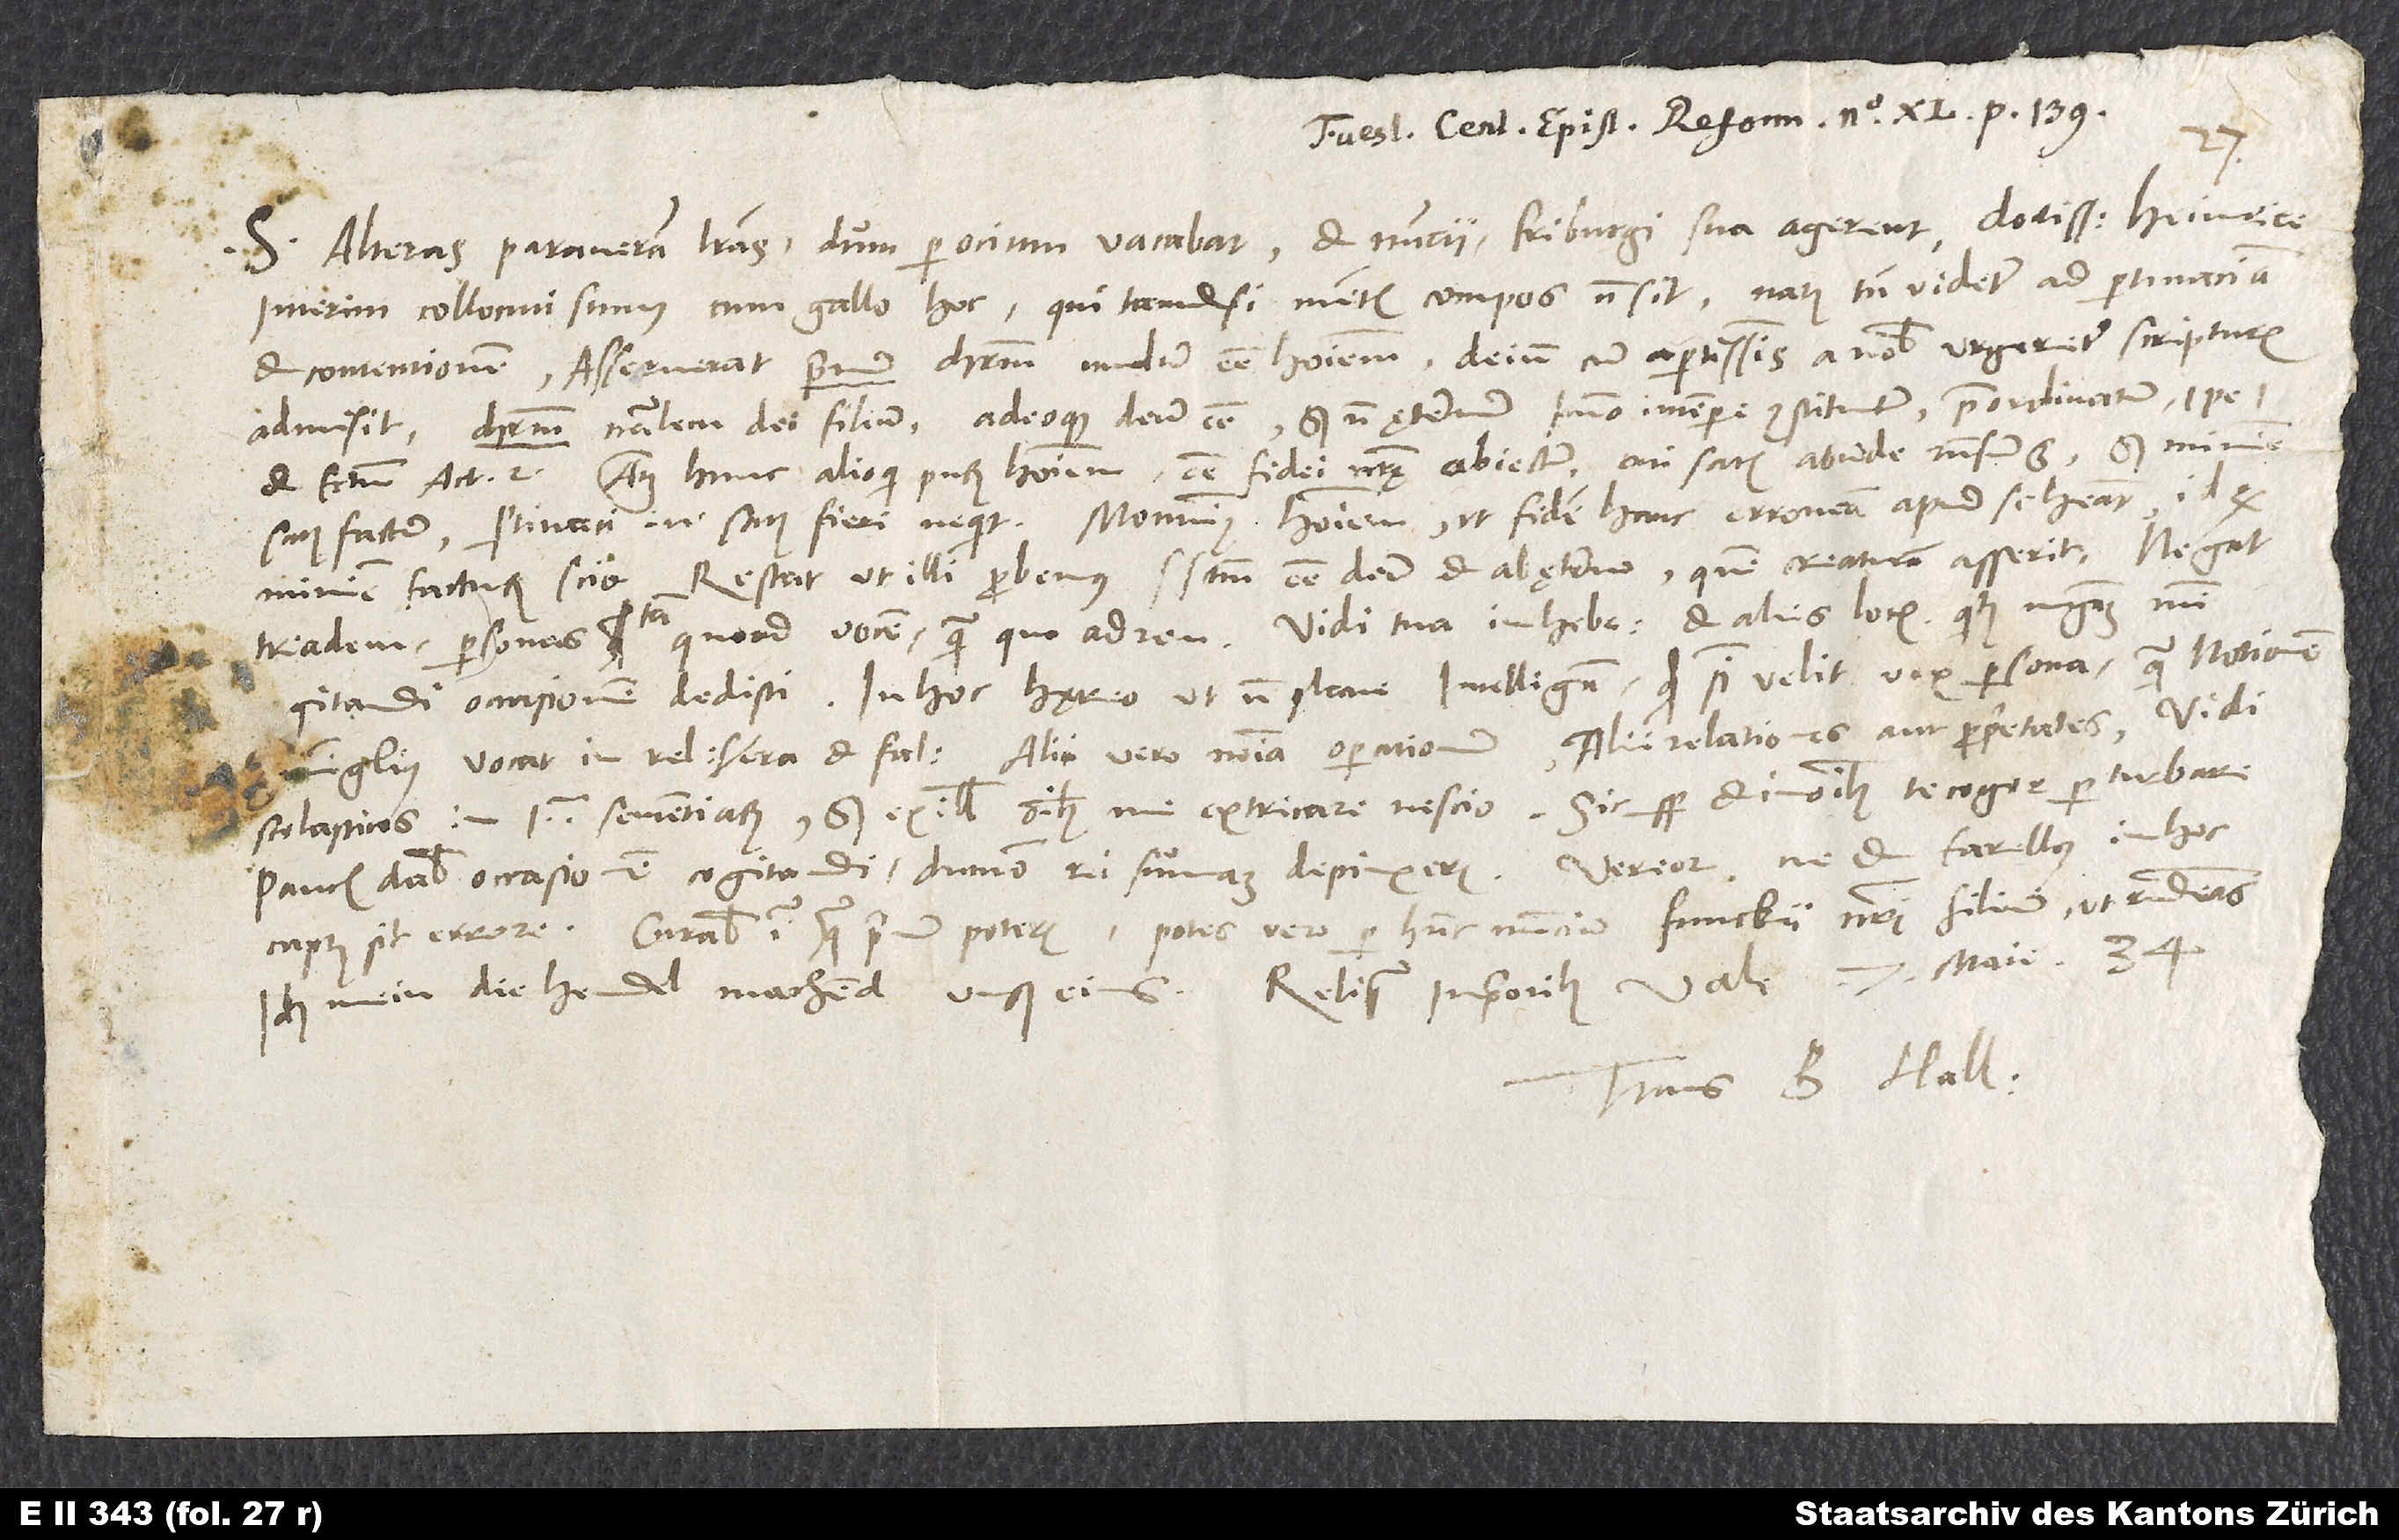
S. Alteras paraveram literas, dum per ocium vacabat et nuncii Friburgi sua agerent, doctissime Heinrice.
Interim collocuti sumus cum Gallo hoc, qui tametsi mentis compos non sit, natus tamen videtur ad pertinaciam
et contentionem. Asseverat primum Christum nuditer esse hominem. Deinde, cum apertissimis a nobis urgeretur scripturis,
admisit Christum naturalem dei filium adeoque deum esse, sed non ęternum, imo in tempore constitutum, praeordinatum,
, atque hunc alioqui purum hominem esse fidei nostrae obiectum. Cui satis abunde responsum est, sed minime
satisfactum. Pertinaci enim satis fieri nequit. Monuimus hominem, ut fidem hanc erroneam apud se habeat, id quod
minime facturum scio. Restat, ut illi probemus spiritum sanctum esse deum et ab ęterno, quem creaturam asserit. Negat
triadem, personas, tam quoad vocem quam quoad rem. Vidi tua in Hebraeos et aliis locis, quibus magnam mihi
cogitandi occasionem dedisti. In hoc hęreo, ut non plane intelligam, quid sibi velit vox «persona», quam notionem
Zwinglius vocat in «Religione vera et falsa», alii vero nomina operationum, alii relationes aut proprietates. Vidi
scolasticos in 1.-mo «Sententiarum»; sed ex illis omnibus me extricare nescio. Sic semper et in omnibus te cogor perturbare.
Paucis dabis occasionem cogitandi, dummodo rei summam depinxeris. Vereor, ne et Farellus in hoc
captus sit errore. Curabis igitur, quam primum poteris - potes vero per hunc nuncium, Funckii nostri filium -, ut respondeas.
Ich mein, die hendel machend unß eins. Reliqua in prioribus.